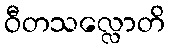
ဝီတသလ္လောတိ